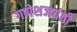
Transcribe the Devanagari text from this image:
गणेशजयंती